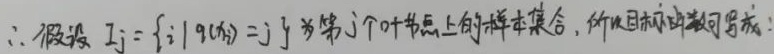
\(\therefore\) 假设 \( I_j = \{i|q(x_i) = j\} \) 为第 \(j\) 个叶节点上的样本集合，所以目标函数可写成：